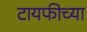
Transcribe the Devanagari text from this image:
टायफीच्या